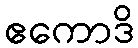
ဧကောဒိ